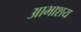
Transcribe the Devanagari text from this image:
आभाशय